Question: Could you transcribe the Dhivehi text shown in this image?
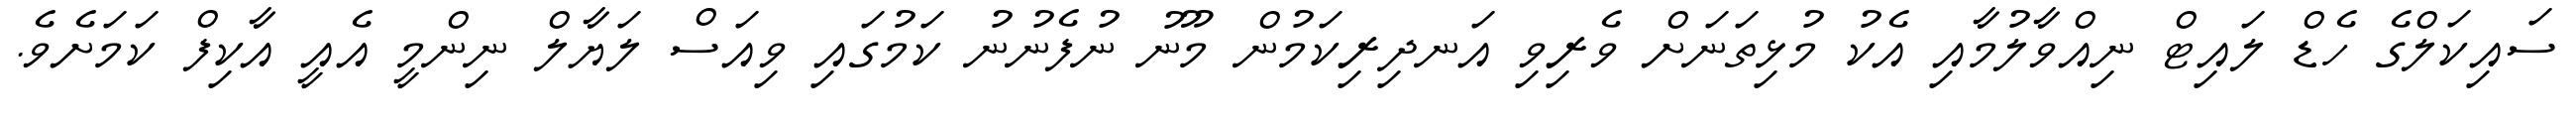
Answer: ސައިކަލްގެ ހެޑް ލައިޓް ނިއްވާލުމާއި އެކު މުޅިތަނަށް ވެރިވި އަނދިރިކަމުން މޫނު ނުފެނުނު ކަމުގައި ވިއަސް ލަޔާލް ނިންމީ އެއީ އާކިފް ކަމަށެވެ.